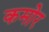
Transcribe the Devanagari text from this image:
कमोर